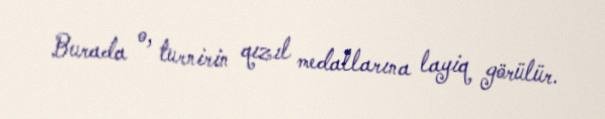
Burada o, turnirin qızıl medallarına layiq görülür.